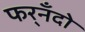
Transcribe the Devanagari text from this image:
फर्‌नँदो